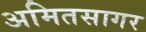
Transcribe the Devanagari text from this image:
अमितसागर